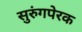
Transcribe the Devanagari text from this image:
सुरुंगपेरक